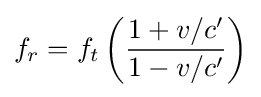
f_{r}=f_{t}\left({\frac {1+v/c'}{1-v/c'}}\right)